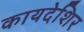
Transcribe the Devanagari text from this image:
कायदेशिर